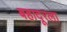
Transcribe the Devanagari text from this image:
बहादूरला